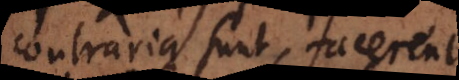
contraria sunt, facerent